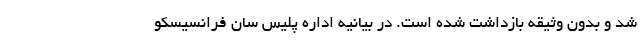
شد و بدون وثیقه بازداشت شده است. در بیانیه اداره پلیس سان فرانسیسکو